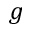
g